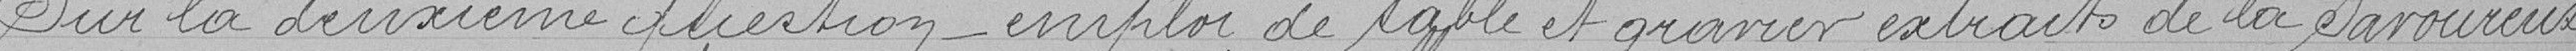
Sur la deuxième question - emploi de sable et gravier extraits de la Savoureuse